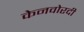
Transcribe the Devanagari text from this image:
केनवोरदी